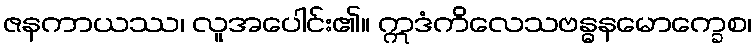
ဇနကာယဿ၊ လူအပေါင်း၏။ ဣဒံကိလေသဗန္ဓနမောက္ခေစ၊